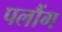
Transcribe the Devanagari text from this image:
पलौंग